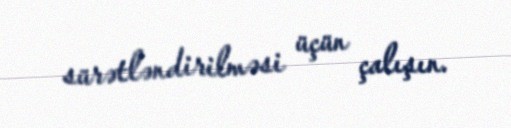
sürətləndirilməsi üçün çalışın.